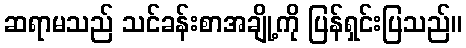
ဆရာမသည် သင်ခန်းစာအချို့ကို ပြန်ရှင်းပြသည်။